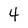
Character: 4